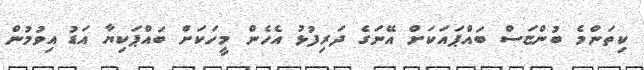
ކިތަންމެ ބުންޏަސް ބައްޕައަކަށް އޭނަގެ ދަރިފުޅު އެހެން މީހަކަށް ބައްޕަކިޔާ އަޑު އިވުމުން